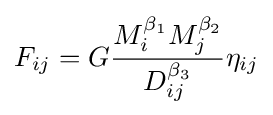
F_{ij}=G{\frac {M_{i}^{\beta _{1}}M_{j}^{\beta _{2}}}{D_{ij}^{\beta _{3}}}}\eta _{ij}